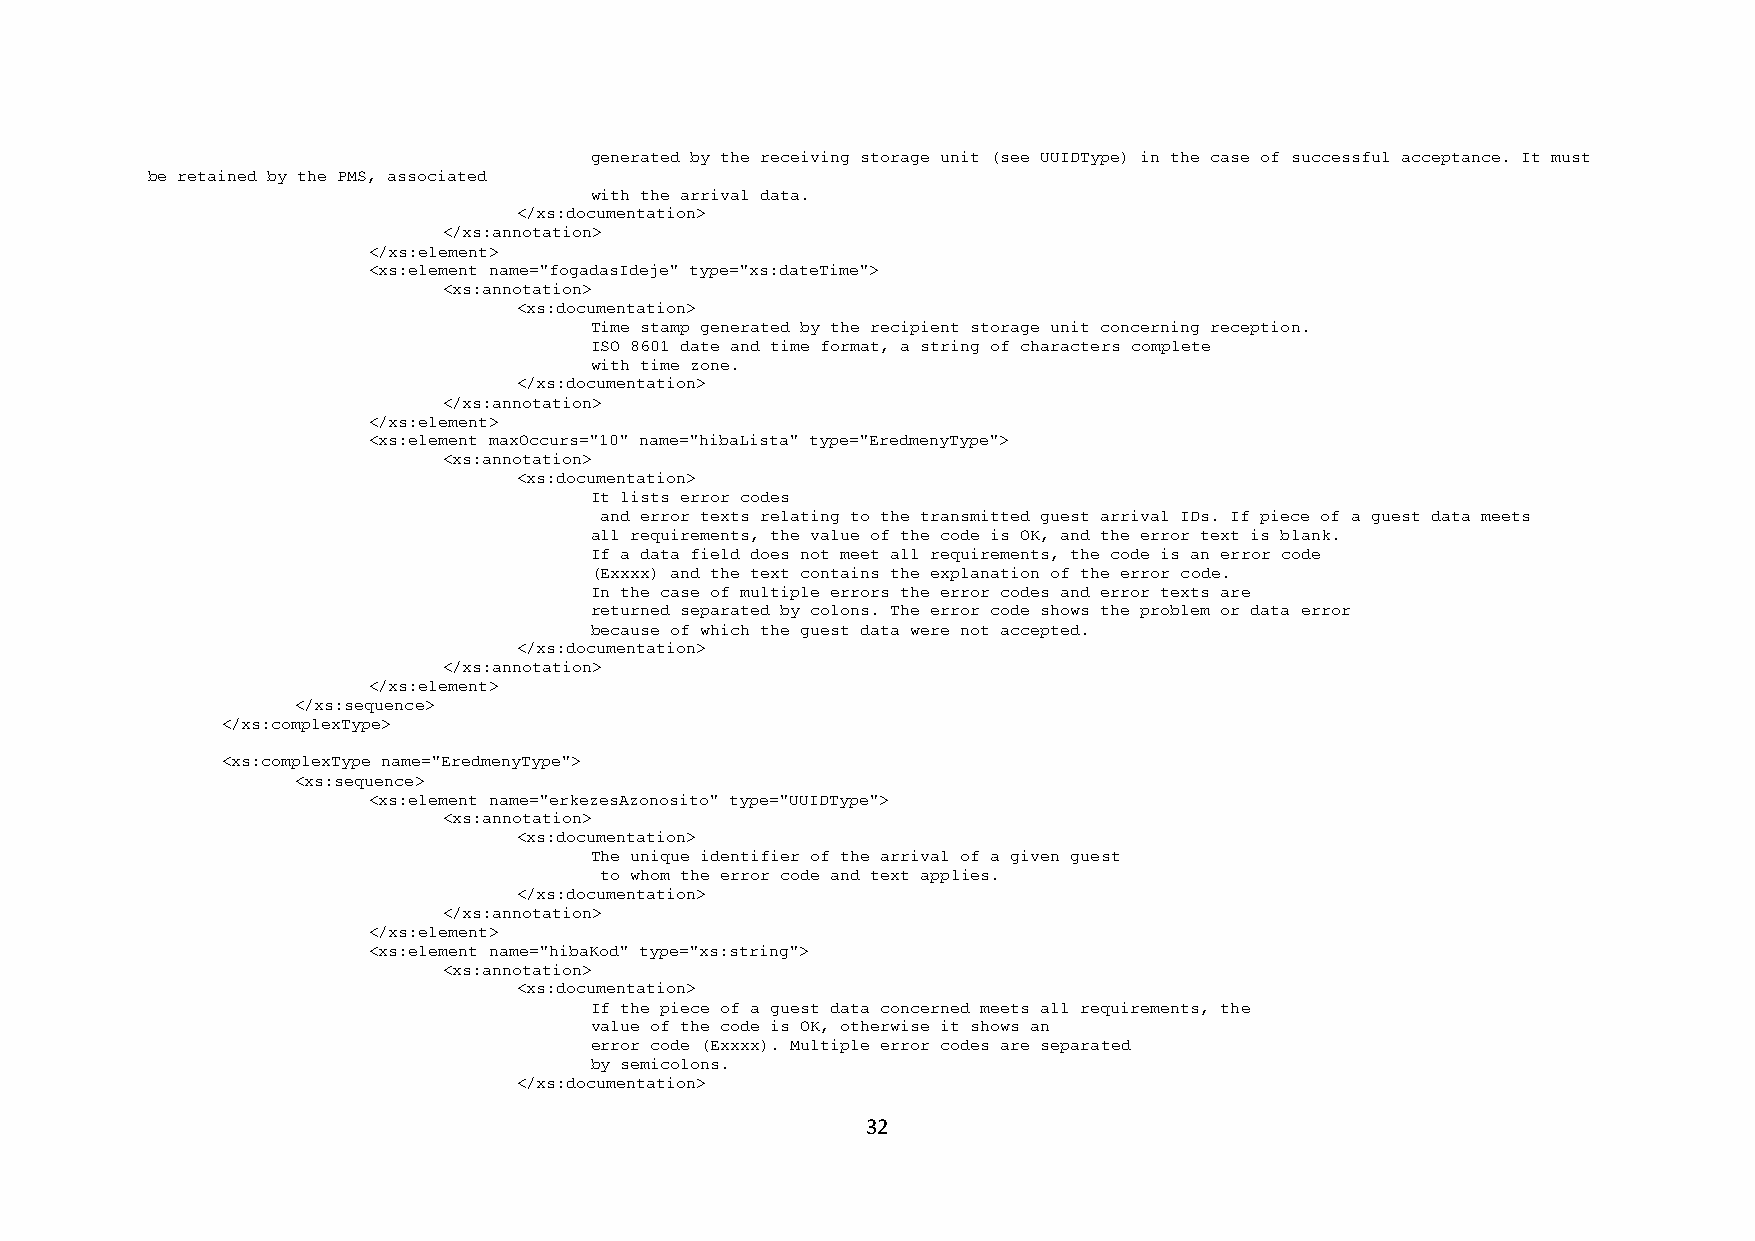
generated by the receiving storage unit (see UUIDType) in the case of successful acceptance. It must
 be retained by the PMS, associated
 with the arrival data.
 </xs:documentation>
 </xs:annotation>
 </xs:element>
 <xs:element name="fogadasIdeje" type="xs:dateTime">
 <xs:annotation>
 <xs:documentation>
 Time stamp generated by the recipient storage unit concerning reception.
 ISO 8601 date and time format, a string of characters complete
 with time zone.
 </xs:documentation>
 </xs:annotation>
 </xs:element>
 <xs:element maxOccurs="10" name="hibaLista" type="EredmenyType">
 <xs:annotation>
 <xs:documentation>
 It lists error codes
 and error texts relating to the transmitted guest arrival IDs. If piece of a guest data meets
 all requirements, the value of the code is OK, and the error text is blank.
 If a data field does not meet all requirements, the code is an error code
 (Exxxx) and the text contains the explanation of the error code.
 In the case of multiple errors the error codes and error texts are
 returned separated by colons. The error code shows the problem or data error
 because of which the guest data were not accepted.
 </xs:documentation>
 </xs:annotation>
 </xs:element>
 </xs:sequence>
 </xs:complexType>
 <xs:complexType name="EredmenyType">
 <xs:sequence>
 <xs:element name="erkezesAzonosito" type="UUIDType">
 <xs:annotation>
 <xs:documentation>
 The unique identifier of the arrival of a given guest
 to whom the error code and text applies.
 </xs:documentation>
 </xs:annotation>
 </xs:element>
 <xs:element name="hibaKod" type="xs:string">
 <xs:annotation>
 <xs:documentation>
 If the piece of a guest data concerned meets all requirements, the
 value of the code is OK, otherwise it shows an
 error code (Exxxx). Multiple error codes are separated
 by semicolons.
 </xs:documentation>
 32